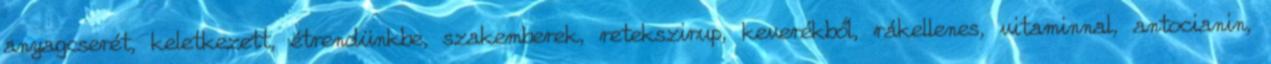
anyagcserét, keletkezett, étrendünkbe, szakemberek, retekszirup, keverékből, rákellenes, vitaminnal, antocianin,